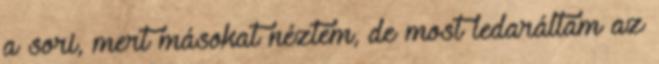
a sori, mert másokat néztem, de most ledaráltam az